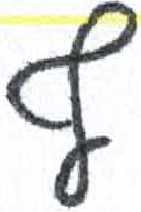
אות: ף